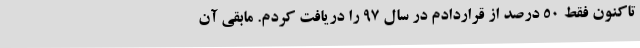
تاکنون فقط 50 درصد از قراردادم در سال 97 را دریافت کردم. مابقی آن